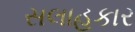
સલાહકાર